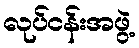
လုပ်ငန်းအဖွဲ့